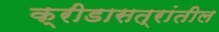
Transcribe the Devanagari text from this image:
क्रीडासत्रांतील